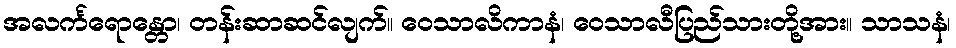
အလင်္ကရောန္တော၊ တန်းဆာဆင်လျက်။ ဝေသာလိကာနံ၊ ဝေသာလီပြည်သားတို့အား။ သာသနံ၊